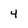
Character: 4